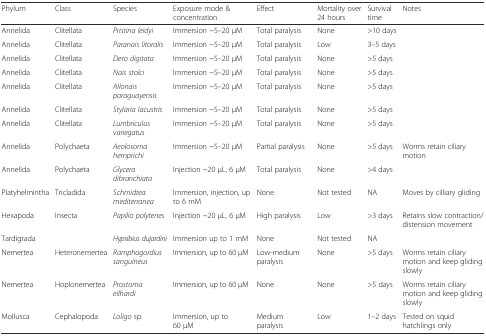
<table><thead><tr><td><b>Phylum</b></td><td><b>Class</b></td><td><b>Species</b></td><td><b>Exposure mode &amp; concentration</b></td><td><b>Effect</b></td><td><b>Mortality over 24 hours</b></td><td><b>Survival time</b></td><td><b>Notes</b></td></tr></thead><tbody><tr><td>Annelida</td><td>Clitellata</td><td><i>Pristina leidyi</i></td><td>Immersion ~5–20 μM</td><td>Total paralysis</td><td>None</td><td>&gt;10 days</td><td></td></tr><tr><td>Annelida</td><td>Clitellata</td><td><i>Paranais litoralis</i></td><td>Immersion ~5–20 μM</td><td>Total paralysis</td><td>Low</td><td>3–5 days</td><td></td></tr><tr><td>Annelida</td><td>Clitellata</td><td><i>Dero digitata</i></td><td>Immersion ~5–20 μM</td><td>Total paralysis</td><td>None</td><td>&gt;5 days</td><td></td></tr><tr><td>Annelida</td><td>Clitellata</td><td><i>Nais stolci</i></td><td>Immersion ~5–20 μM</td><td>Total paralysis</td><td>None</td><td>&gt;5 days</td><td></td></tr><tr><td>Annelida</td><td>Clitellata</td><td><i>Allonais paraguayensis</i></td><td>Immersion ~5–20 μM</td><td>Total paralysis</td><td>None</td><td>&gt;5 days</td><td></td></tr><tr><td>Annelida</td><td>Clitellata</td><td><i>Stylaria lacustris</i></td><td>Immersion ~5–20 μM</td><td>Total paralysis</td><td>None</td><td>&gt;5 days</td><td></td></tr><tr><td>Annelida</td><td>Clitellata</td><td><i>Lumbriculus variegatus</i></td><td>Immersion ~5–20 μM</td><td>Total paralysis</td><td>None</td><td>&gt;5 days</td><td></td></tr><tr><td>Annelida</td><td>Polychaeta</td><td><i>Aeolosoma hemprichi</i></td><td>Immersion ~5–20 μM</td><td>Partial paralysis</td><td>None</td><td>&gt;5 days</td><td>Worms retain ciliary motion</td></tr><tr><td>Annelida</td><td>Polychaeta</td><td><i>Glycera dibranchiata</i></td><td>Injection ~20 μL, 6 μM</td><td>Total paralysis</td><td>None</td><td>&gt;4 days</td><td></td></tr><tr><td>Platyhelmintha</td><td>Tricladida</td><td><i>Schmidtea mediterranea</i></td><td>Immersion, injection, up to 6 mM</td><td>None</td><td>Not tested</td><td>NA</td><td>Moves by cilliary gliding</td></tr><tr><td>Hexapoda</td><td>Insecta</td><td><i>Papilio polytenes</i></td><td>Injection ~20 μL, 6 μM</td><td>High paralysis</td><td>Low</td><td>&gt;3 days</td><td>Retains slow contraction/distension movement</td></tr><tr><td>Tardigrada</td><td></td><td><i>Hypsibius dujardini</i></td><td>Immersion up to 1 mM</td><td>None</td><td>Not tested</td><td>NA</td><td></td></tr><tr><td>Nemertea</td><td>Heteronemertea</td><td><i>Ramphogordius sanguineus</i></td><td>Immersion, up to 60 μM</td><td>Low-medium paralysis</td><td>None</td><td>&gt;5 days</td><td>Worms retain ciliary motion and keep gliding slowly</td></tr><tr><td>Nemertea</td><td>Hoplonemertea</td><td><i>Prostoma eilhardi</i></td><td>Immersion, up to 60 μM</td><td>None</td><td>None</td><td>&gt;5 days</td><td>Worms retain ciliary motion and keep gliding slowly</td></tr><tr><td>Mollusca</td><td>Cephalopoda</td><td><i>Loligo</i> sp.</td><td>Immersion, up to 60 μM</td><td>Medium paralysis</td><td>Low</td><td>1–2 days</td><td>Tested on squid hatchlings only</td></tr></tbody></table>